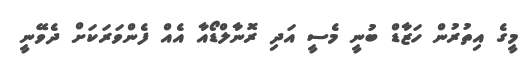
މީގެ އިތުރުން ހަޒާޑް ބުނީ މެސީ އަދި ރޮނާލްޑޯއާ އެއް ފެންވަރަކަށް ދެވޭނީ